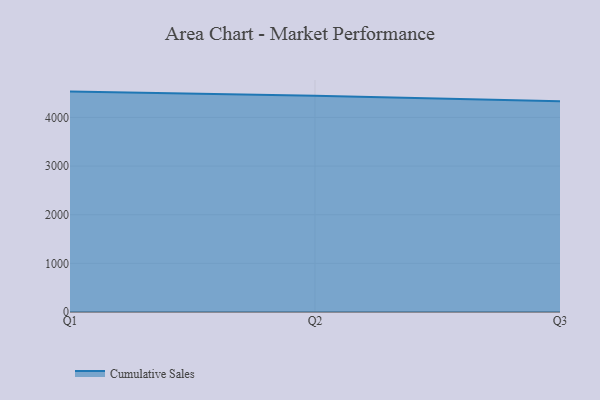
{"axis": {"x": "Quarter", "y": "Waste Production (Tons)"}, "legend": ["Cumulative Sales"], "data": [{"x": "Q1", "y": 4531.8, "type": "Cumulative Sales"}, {"x": "Q2", "y": 4445.6, "type": "Cumulative Sales"}, {"x": "Q3", "y": 4333.8, "type": "Cumulative Sales"}]}